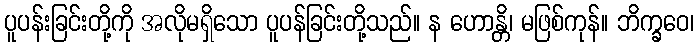
ပူပန်းခြင်းတို့ကို အလိုမရှိသော ပူပန်ခြင်းတို့သည်။ န ဟောန္တိ၊ မဖြစ်ကုန်။ ဘိက္ခဝေ၊